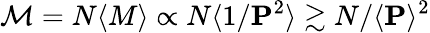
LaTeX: \mathcal{M}=N\langle M\rangle\propto N\langle 1/\mathbf{P}^{2}\rangle\gtrsim N/\langle\mathbf{P}\rangle^{2}